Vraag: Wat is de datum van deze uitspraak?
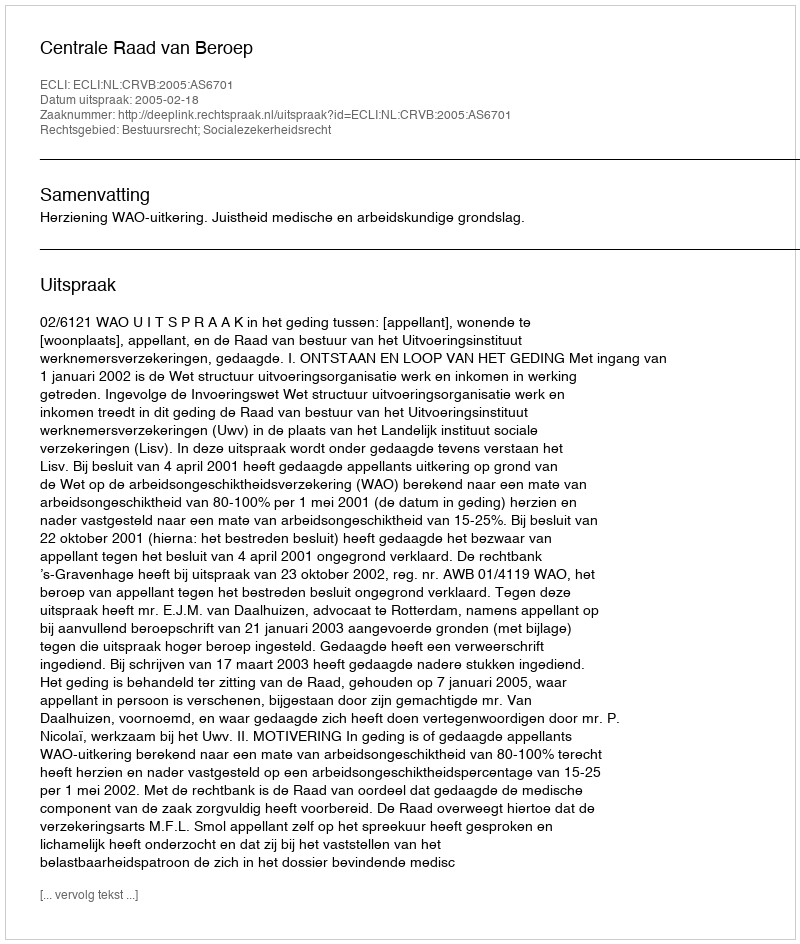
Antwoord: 2005-02-18